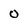
Character: 0